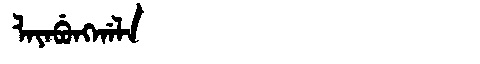
Manchu: ᠯᠠᠶᠠᠪᡠᠩᡤᠠᠯᠠ
Romanization: LAYABUNGGALA